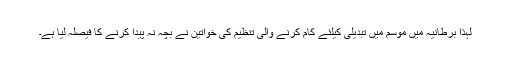
لہذا برطانیہ میں موسم میں تبدیلی کیلئے کام کرنے والی تنظیم کی خواتین نے بچہ نہ پیدا کرنے کا فیصلہ لیا ہے۔